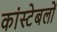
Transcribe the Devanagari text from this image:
कांस्‍टेबलों